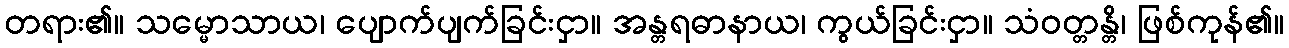
တရား၏။ သမ္မောသာယ၊ ပျောက်ပျက်ခြင်းငှာ။ အန္တရဓာနာယ၊ ကွယ်ခြင်းငှာ။ သံဝတ္တန္တိ၊ ဖြစ်ကုန်၏။